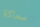
محاكاة